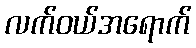
လက်ဝယ်အရောက်